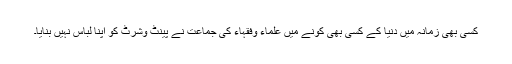
کسی بھی زمانہ میں دنیا کے کسی بھی کونے میں علماء وفقہاء کی جماعت نے پینٹ وشرٹ کو اپنا لباس نہیں بنایا۔